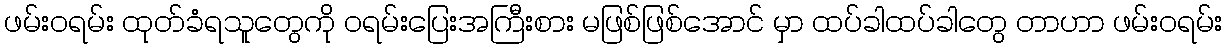
ဖမ်းဝရမ်း ထုတ်ခံရသူတွေကို ဝရမ်းပြေးအကြီးစား မဖြစ်ဖြစ်အောင် မှာ ထပ်ခါထပ်ခါတွေ တာဟာ ဖမ်းဝရမ်း